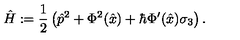
\hat { H } : = \frac { 1 } { 2 } \left( \hat { p } ^ { 2 } + \Phi ^ { 2 } ( \hat { x } ) + \hbar \Phi ^ { \prime } ( \hat { x } ) \sigma _ { 3 } \right) .